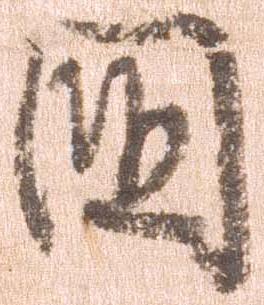
国